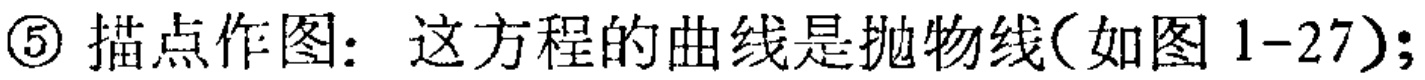
\textcircled{5} 描点作图：这方程的曲线是抛物线(如图 1-27);